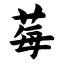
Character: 莓